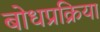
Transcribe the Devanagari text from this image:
बोधप्रक्रिया